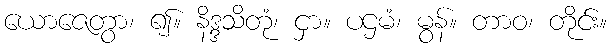
ယောဇေတွာ၊ ၍။ နိဒ္ဒသိတုံ၊ ငှာ။ ပဌမံ၊ မွန်။ တာဝ၊ တိုင်း။